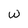
Character: w